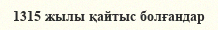
1315 жылы қайтыс болғандар